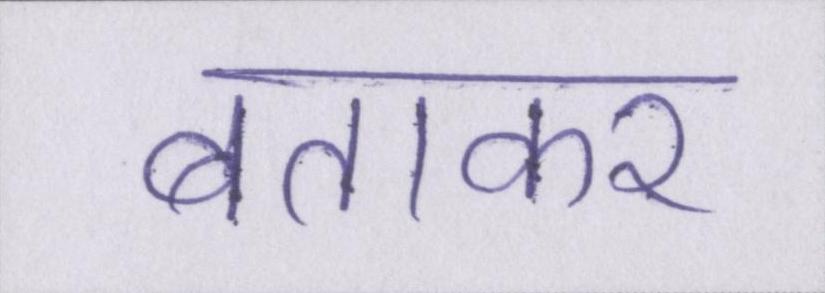
बताकर